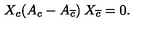
X _ { c } ( A _ { c } - A _ { \overline { { c } } } ) \: X _ { \overline { { c } } } = 0 .